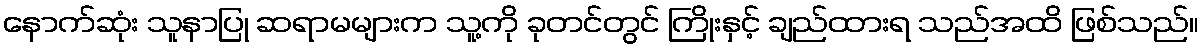
နောက်ဆုံး သူနာပြု ဆရာမများက သူ့ကို ခုတင်တွင် ကြိုးနှင့် ချည်ထားရ သည်အထိ ဖြစ်သည်။